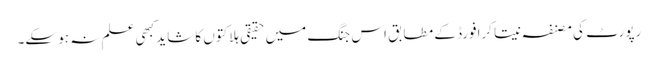
رپورٹ کی مصنفہ نیتا کرافورڈ کے مطابق اس جنگ میں حقیقی ہلاکتوں کا شاید کبھی علم نہ ہو سکے۔